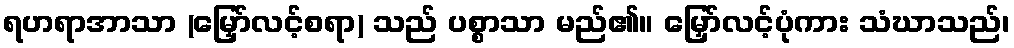
ရဟရာအာသာ (မြှော်လင့်စရာ) သည် ပစ္စာသာ မည်၏။ မြှော်လင့်ပုံကား သံဃာသည်၊